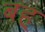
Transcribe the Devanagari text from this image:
बह्